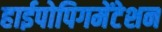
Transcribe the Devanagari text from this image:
हाईपोपिगमेंटेशन